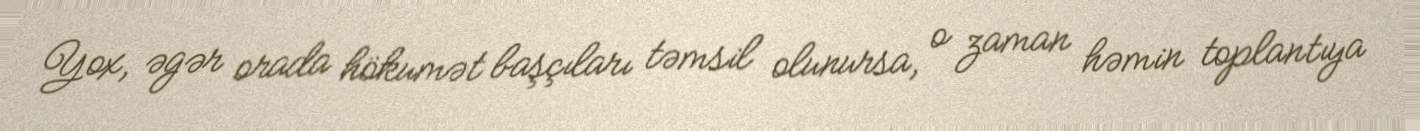
Yox, əgər orada hökumət başçıları təmsil olunursa, o zaman həmin toplantıya